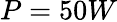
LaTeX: P=50W